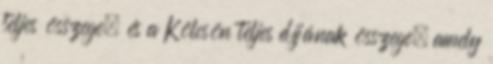
teljes összege, és a Kölcsön teljes díjának összege, amely